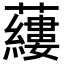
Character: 𧃒